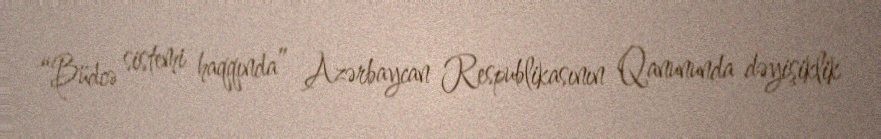
“Büdcə sistemi haqqında” Azərbaycan Respublikasının Qanununda dəyişiklik